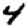
Digit: 4